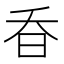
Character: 昋